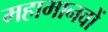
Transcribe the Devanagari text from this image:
महामानवों